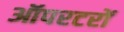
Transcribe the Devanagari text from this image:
ऑपरटरों